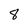
Character: 8